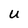
Character: U